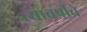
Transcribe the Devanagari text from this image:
त्यावर्षीचे